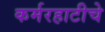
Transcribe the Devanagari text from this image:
कर्मरहाटीचे